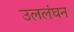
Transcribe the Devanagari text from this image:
उललंघन